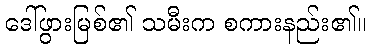
ဒေါ်ဖွားမြစ်၏ သမီးက စကားနည်း၏။